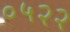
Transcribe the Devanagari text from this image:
०५२२